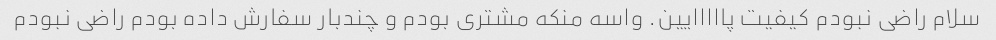
سلام راضی نبودم کیفیت پااااایین. واسه منکه مشتری بودم و چندبار سفارش داده بودم راضی نبودم